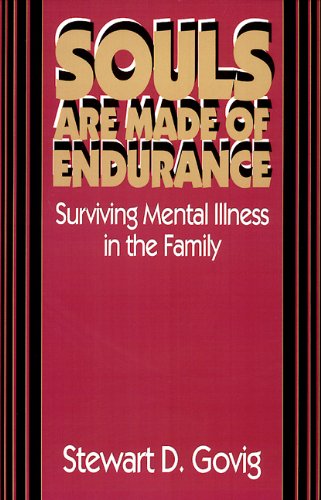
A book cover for Souls Are Made of Endurance: Surviving Mental Illness in the Family; Stewart D. Govig; Christian Books & Bibles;